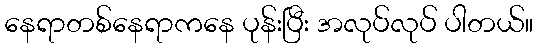
နေရာတစ်နေရာကနေ ပုန်းပြီး အလုပ်လုပ် ပါတယ်။